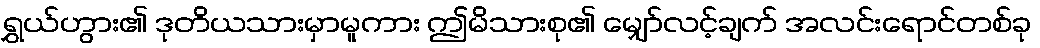
ရွှယ်ဟွား၏ ဒုတိယသားမှာမူကား ဤမိသားစု၏ မျှော်လင့်ချက် အလင်းရောင်တစ်ခု